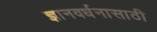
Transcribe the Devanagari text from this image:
ज्ञानवर्धनासाठी